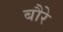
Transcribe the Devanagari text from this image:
बौरे